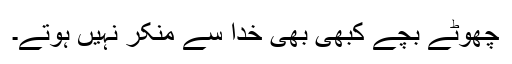
چھوٹے بچے کبھی بھی خُدا سے منکر نہیں ہوتے۔